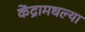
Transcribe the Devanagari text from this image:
केंद्रामधल्या